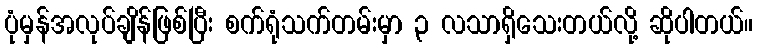
ပုံမှန်အလုပ်ချိန်ဖြစ်ပြီး စက်ရုံသက်တမ်းမှာ ၃ လသာရှိသေးတယ်လို့ ဆိုပါတယ်။